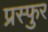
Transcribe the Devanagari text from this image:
प्रस्फुर